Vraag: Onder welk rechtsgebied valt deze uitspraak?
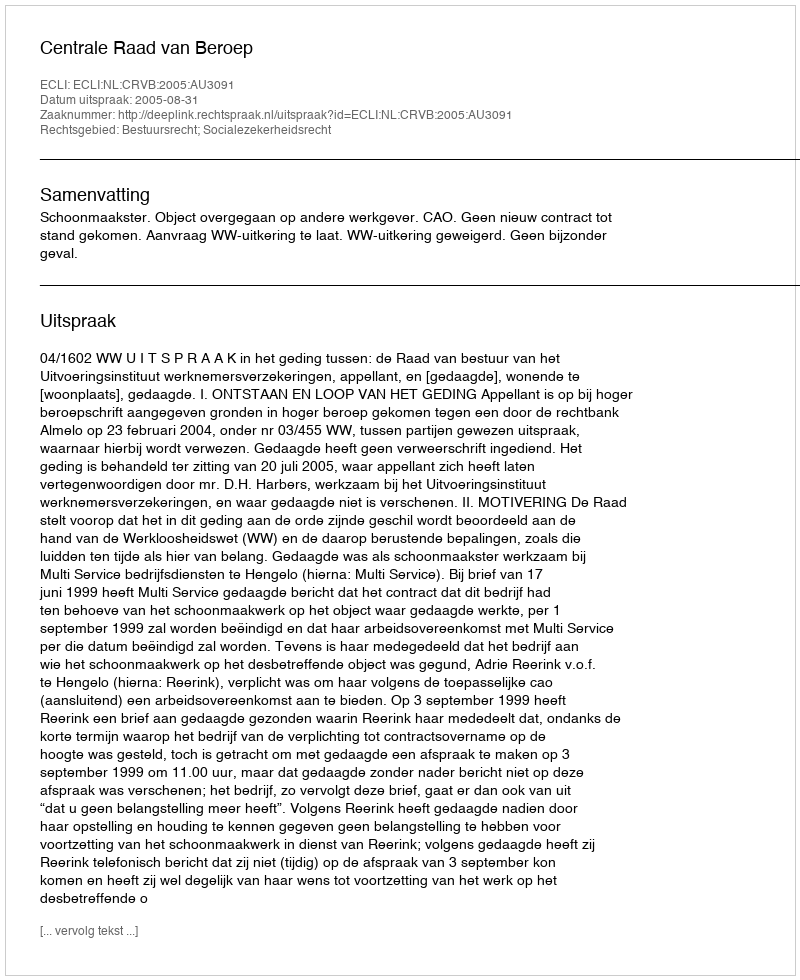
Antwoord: Bestuursrecht; Socialezekerheidsrecht